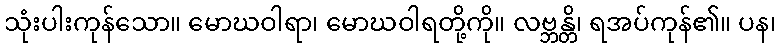
သုံးပါးကုန်သော။ မောဃဝါရာ၊ မောဃဝါရတို့ကို။ လဗ္ဘန္တိ၊ ရအပ်ကုန်၏။ ပန၊